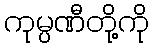
ကုမ္ပဏီတို့ကို